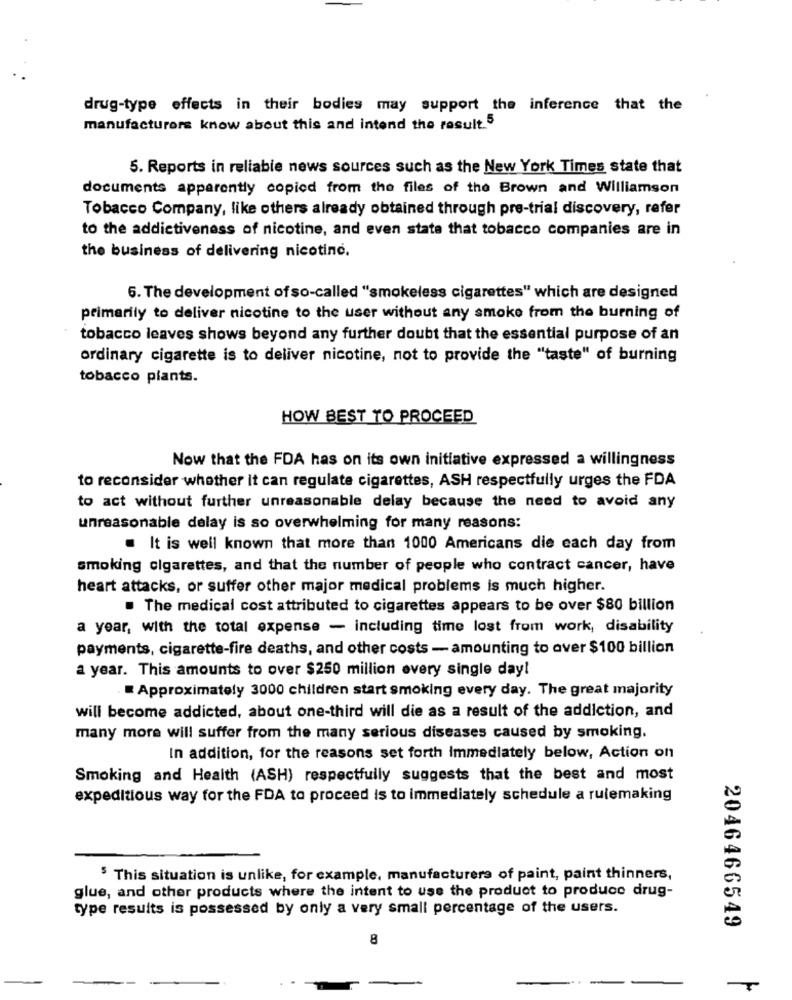
drug-type effects in their bodies may support the inference that the
manufacturers know about this and intend the result. 5
5. Reports in reliable news sources such as the New York Times state that
documents apparently copied from the files of the Brown and Williamson
Tobacco Company, like others already obtained through pre-trial discovery, refer
to the addictiveness of nicotine, and even state that tobacco companies are in
the business of delivering nicotine.
6. The development of so-called "smokeless cigarettes" which are designed
primarily to deliver nicotine to the user without any smoke from the burning of
tobacco leaves shows beyond any further doubt that the essential purpose of an
ordinary cigarette is to deliver nicotine, not to provide the "taste" of burning
tobacco plants.
HOW BEST TO PROCEED
Now that the FDA has on its own initiative expressed a willingness
to reconsider whether it can regulate cigarettes, ASH respectfully urges the FDA
to act without further unreasonable delay because the need to avoid any
unreasonable delay is so overwhelming for many reasons:
. It is well known that more than 1000 Americans die each day from
smoking cigarettes, and that the number of people who contract cancer, have
heart attacks, or suffer other major medical problems is much higher.
. The medical cost attributed to cigarettes appears to be over $80 billion
a year, with the total expense - including time lost from work, disability
payments, cigarette-fire deaths, and other costs - amounting to over $100 billion
a year. This amounts to over $250 million every single day!
Approximately 3000 children start smoking every day. The great majority
will become addicted, about one-third will die as a result of the addiction, and
many more will suffer from the many serious diseases caused by smoking.
In addition, for the reasons set forth Immediately below, Action on
Smoking and Health (ASH) respectfully suggests that the best and most
expeditious way for the FDA to proceed is to immediately schedule a rulemaking
5 This situation is unlike, for example, manufacturers of paint, paint thinners,
glue, and other products where the intent to use the product to produce drug-
type results is possessed by only a very small percentage of the users.
2046466549
8